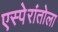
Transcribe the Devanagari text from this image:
एस्पेरांतोला